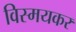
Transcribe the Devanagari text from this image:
विस्मयकर